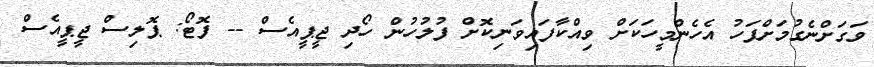
ވަގަށްނެގުމަށްފަހު އެހެންމީހަކަށް ވިއްކާފައިވަނިކޮށް ފުލުހުން ހޯދި ޖީޕީއެސް -- ފޮޓޯ: ޕޮލިސް ޖީޕީއެސް